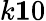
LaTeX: k\le 10